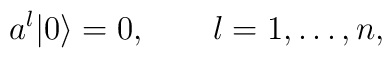
a^l|0\rangle =0, \qquad l=1,\ldots, n,